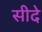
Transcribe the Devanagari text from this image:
सीदे